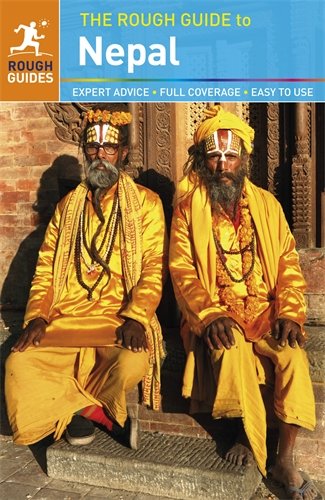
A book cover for The Rough Guide to Nepal; James McConnachie; Travel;